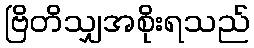
ဗြိတိသျှအစိုးရသည်